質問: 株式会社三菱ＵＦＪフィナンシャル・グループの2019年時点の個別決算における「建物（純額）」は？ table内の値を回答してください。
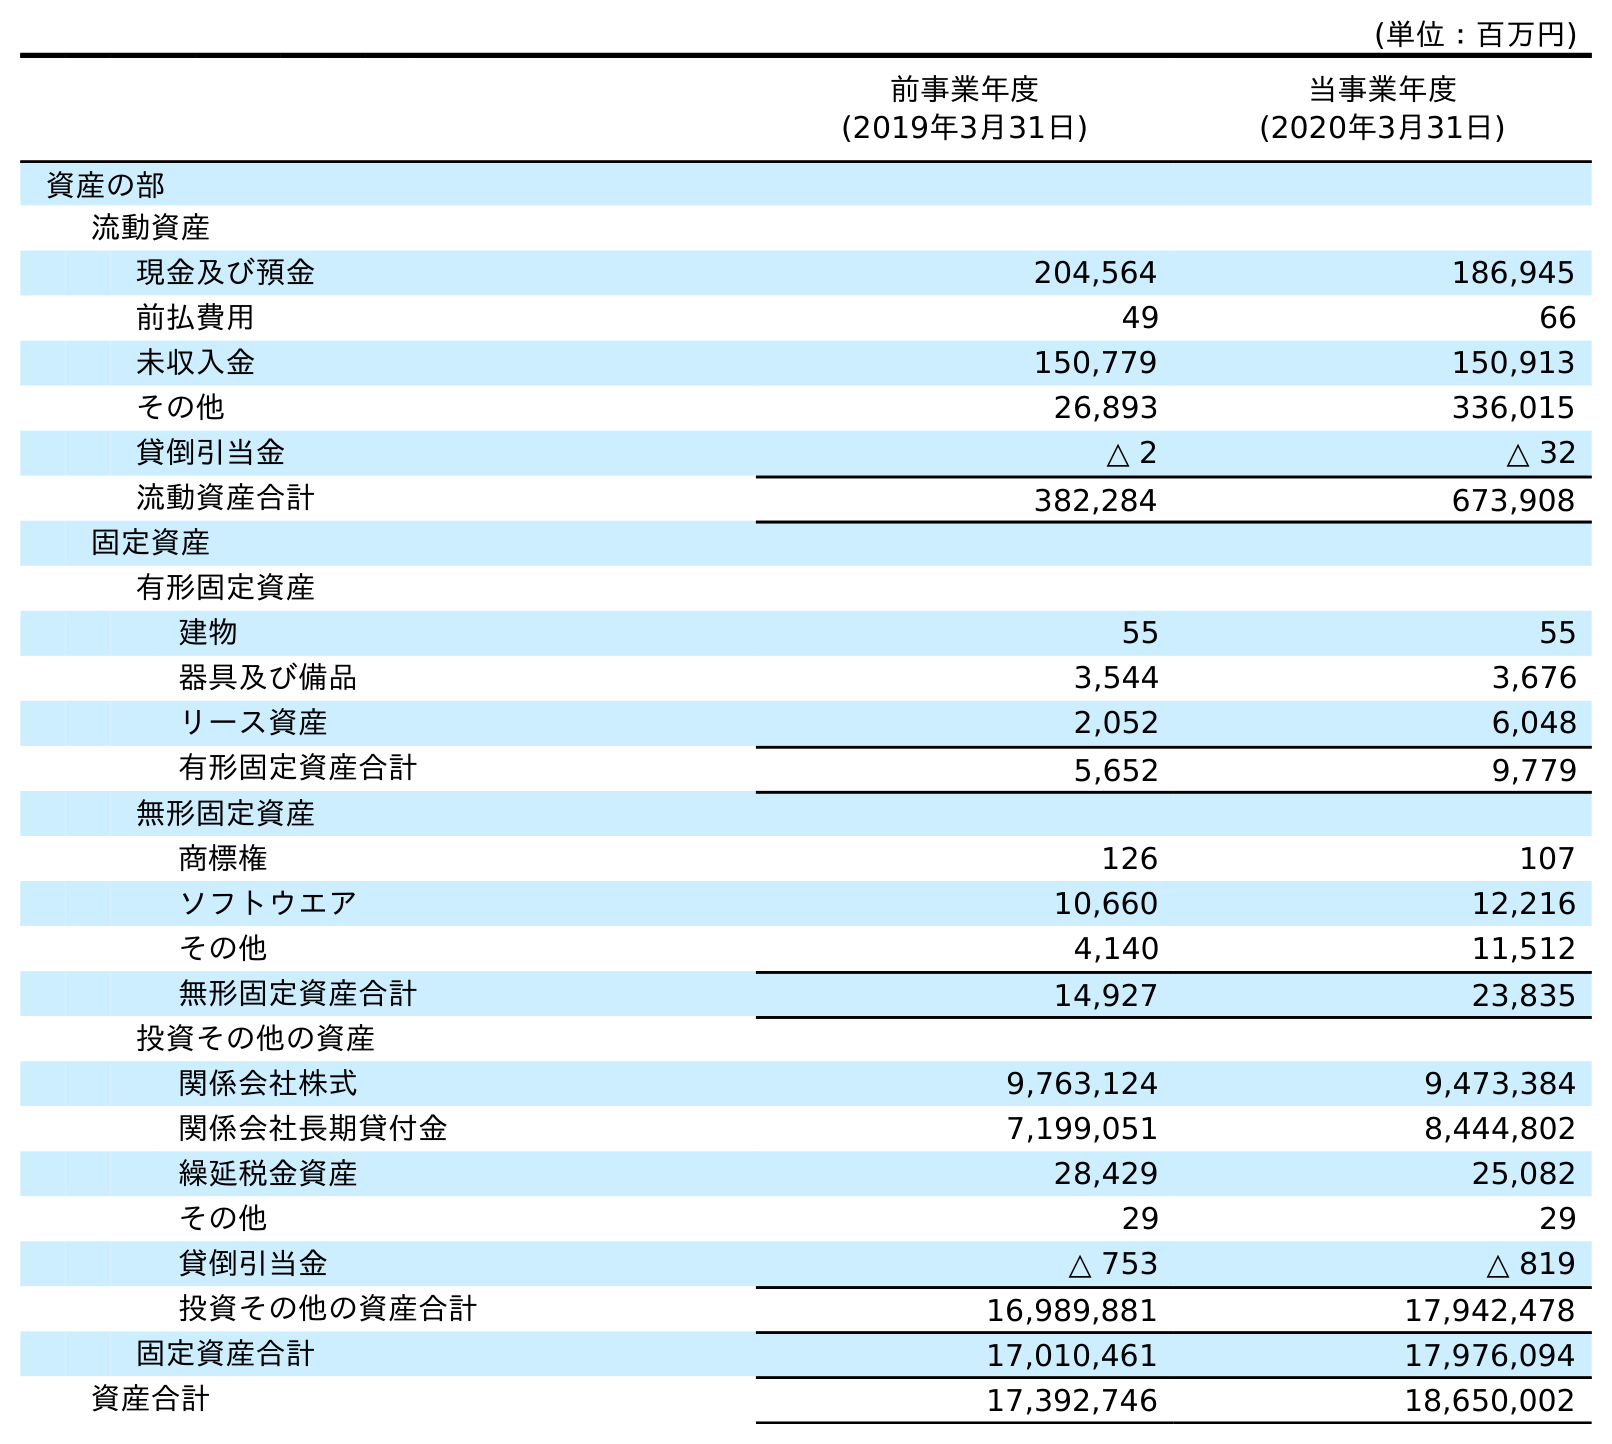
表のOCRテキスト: (単位：百万円) 前事業年度 (2019年3月31日) 当事業年度 (2020年3月31日) 資産の部 流動資産 現金及び預金 204,564 186,945 前払費用 49 66 未収入金 150,779 150,913 その他 26,893 336,015 貸倒引当金 △ 2 △ 32 流動資産合計 382,284 673,908 固定資産 有形固定資産 建物 55 55 器具及び備品 3,544 3,676 リース資産 2,052 6,048 有形固定資産合計 5,652 9,779 無形固定資産 商標権 126 107 ソフトウエア 10,660 12,216 その他 4,140 11,512 無形固定資産合計 14,927 23,835 投資その他の資産 関係会社株式 9,763,124 9,473,384 関係会社長期貸付金 7,199,051 8,444,802 繰延税金資産 28,429 25,082 その他 29 29 貸倒引当金 △ 753 △ 819 投資その他の資産合計 16,989,881 17,942,478 固定資産合計 17,010,461 17,976,094 資産合計 17,392,746 18,650,002
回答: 55